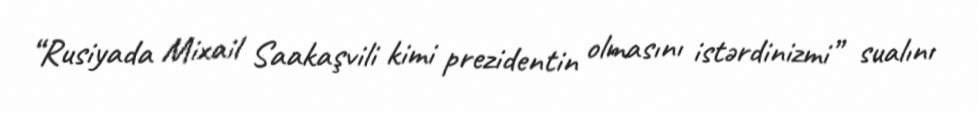
“Rusiyada Mixail Saakaşvili kimi prezidentin olmasını istərdinizmi” sualını